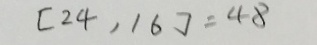
[ 2 4 , 1 6 ] = 4 8